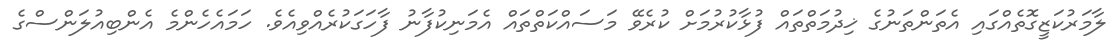
ލާމަރުކަޒީގޮތެއްގައި އެތަންތަނުގެ ޚިދުމަތްތައް ފުޅާކުރުމަށް ކުރެވޭ މަސައްކަތްތައް އެމަނިކުފާނު ފާހަގަކުރެއްވިއެވެ. ހަމައެހެންމެ އެންބިއުލަންސްގެ